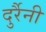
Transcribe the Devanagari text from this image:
दुर्रैनी